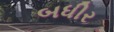
બધીર